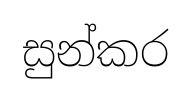
සුන්කර